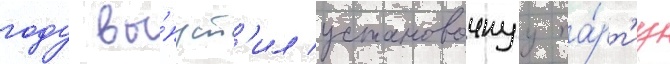
году вы́пуст'ил установочнуу па́рт'иу